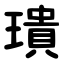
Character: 璝